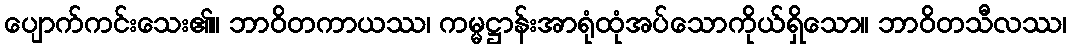
ပျောက်ကင်းသေး၏။ ဘာဝိတကာယဿ၊ ကမ္မဋ္ဌာန်းအာရုံထုံအပ်သောကိုယ်ရှိသော။ ဘာဝိတသီလဿ၊